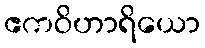
ဧကဝိဟာရိယော